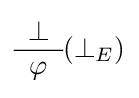
{\begin{array}{c}\bot \\\hline \varphi \end{array}}(\bot _{E})